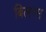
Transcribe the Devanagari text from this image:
बिलप्स